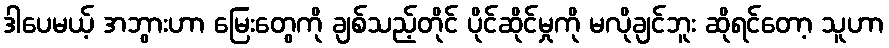
ဒါပေမယ့် အဘွားဟာ မြေးတွေကို ချစ်သည့်တိုင် ပိုင်ဆိုင်မှုကို မလိုချင်ဘူး ဆိုရင်တော့ သူဟာ